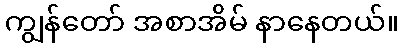
ကျွန်တော် အစာအိမ် နာနေတယ်။